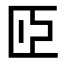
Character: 𦣝